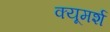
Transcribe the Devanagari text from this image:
क्यूमर्श